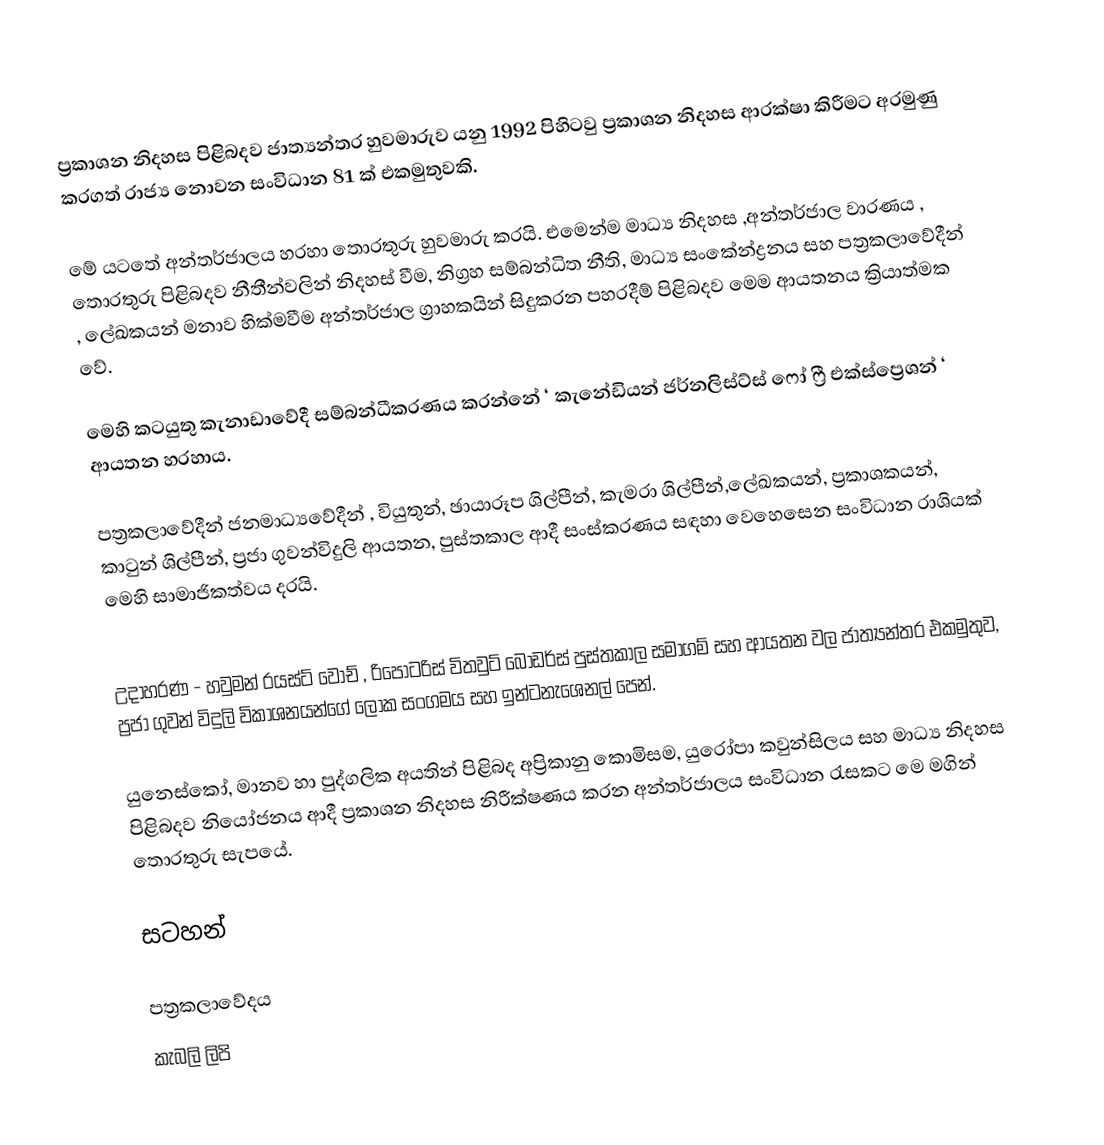
ප්‍රකාශන නිදහස පිළිබදව ජාත්‍යන්තර හුවමාරුව යනු 1992 පිහිටවු ප්‍රකාශන නිදහස ආරක්ෂා කිරීමට අරමුණු කරගත් රාජ්‍ය නොවන සංවිධාන 81 ක් එකමුතුවකි.

මේ යටතේ අන්තර්ජාලය හරහා තොරතුරු හුවමාරු කරයි. එමෙන්ම මාධ්‍ය නිදහස ,අන්තර්ජාල වාරණය , තොරතුරු පිළිබදව නීතීන්වලින් නිදහස් වීම, නිග්‍රහ සම්බන්ධිත නීති, මාධ්‍ය සංකේන්ද්‍රනය සහ පත්‍රකලාවේදීන් , ලේඛකයන් මනාව හික්මවීම අන්තර්ජාල ග්‍රාහකයින් සිදුකරන පහරදීම් පිළිබදව මෙම ආයතනය ක්‍රියාත්මක වේ.

මෙහි කටයුතු කැනාඩාවේදී සම්බන්ධීකරණය කරන්නේ ‘ කැනේඩියන් ජර්නලිස්ට්ස් ෆෝ ෆ්‍රී එක්ස්ප්‍රෙශන් ‘ ආයතන හරහාය.

පත්‍රකලාවේදීන් ජනමාධ්‍යවේදීන් , වියුතුන්, ඡායාරූප ශිල්පීන්, කැමරා ශිල්පීන්,ලේඛකයන්, ප්‍රකාශකයන්, කාටුන් ශිල්පීන්, ප්‍රජා ගුවන්විදුලි ආයතන, පුස්තකාල ආදී සංස්කරණය සඳහා වෙහෙසෙන සංවිධාන රාශියක් මෙහි සාමාජිකත්වය දරයි.

උදාහරණ - හවුමන් රයස්ට් වෝච් , රිපෝටරිස් විතවුට් බෝඩර්ස් පුස්තකාල සමාගම් සහ ආයතන වල ජාත්‍යන්තර එකමුතුව, ප්‍රජා ගුවන් විදුලි විකාශනයන්ගේ ලෝක සංගමය සහ ඉන්ටනැශෙනල් පෙන්.

යුනෙස්කෝ, මානව හා පුද්ගලික අයතින් පිළිබද අප්‍රිකානු කොමිසම, යුරෝපා කවුන්සිලය සහ මාධ්‍ය නිදහස පිළිබදව නියෝජනය ආදී ප්‍රකාශන නිදහස නිරීක්ෂණය කරන අන්තර්ජාලය සංවිධාන රැසකට මෙ මගින් තොරතුරු සැපයේ.

සටහන්

පත්‍රකලාවේදය
කැබලි ලිපි